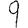
Digit: 9